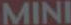
MINI